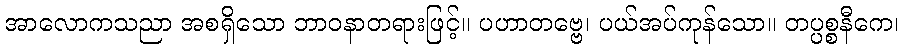
အာလောကသညာ အစရှိသော ဘာဝနာတရားဖြင့်။ ပဟာတဗ္ဗေ၊ ပယ်အပ်ကုန်သော။ တပ္ပစ္စနီကေ၊